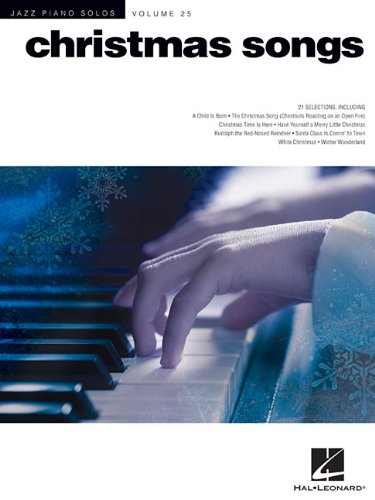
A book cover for Christmas Songs: Jazz Piano Solos Series Volume 25; Humor & Entertainment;